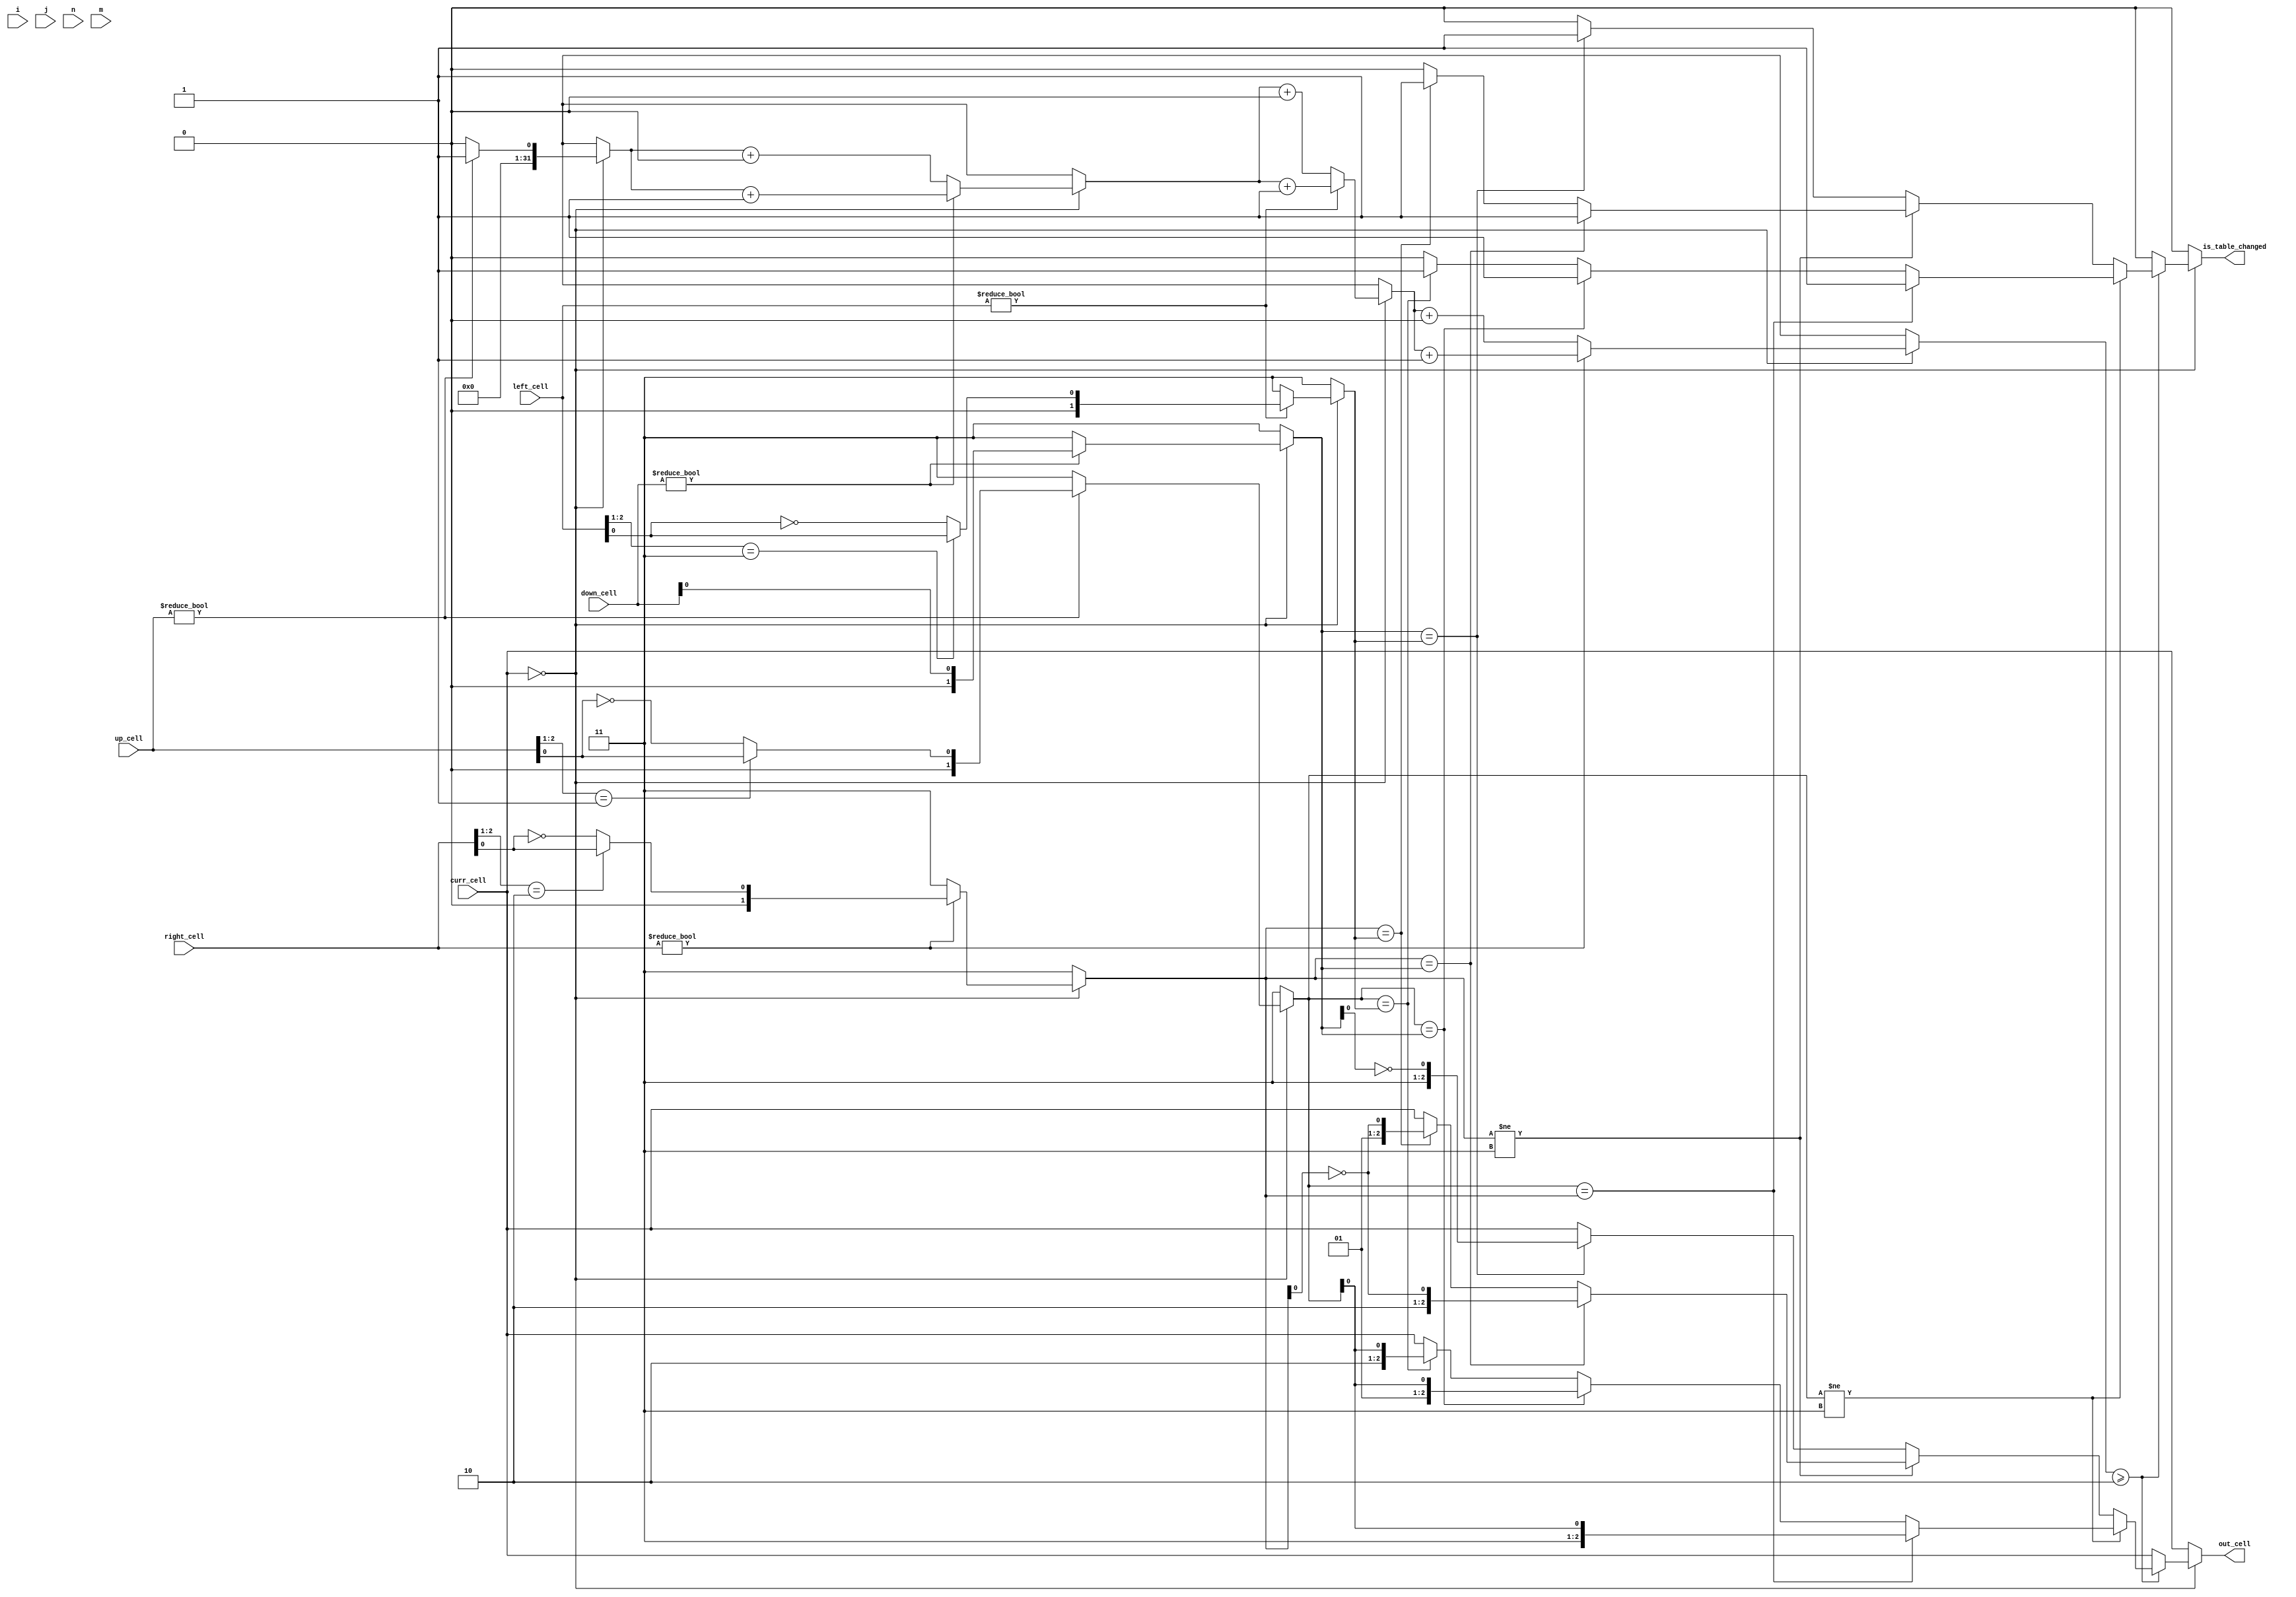
`define MAX_ROW 10'd20
`define MAX_COL 10'd20
`define MAX_VALID_MOVES 203
`define empty 3'b000
`define nocolor 2'b11
`define plus 2'b01
`define slash 2'b10
`define bslash 2'b11
`define black 1
`define white 0


module AutoComplete(output reg is_table_changed, output reg[2:0] out_cell, input[2:0] up_cell, right_cell, down_cell, left_cell, curr_cell, input[9:0] i, j, n, m);

	reg [1:0] upcolor, rightcolor, downcolor, leftcolor;
	integer cnt;


	always @(up_cell, right_cell, down_cell, left_cell, i, j) begin
		out_cell = curr_cell;
		cnt = 3'b0;
		upcolor <= `nocolor;
		downcolor <= `nocolor;
		rightcolor <= `nocolor;
		leftcolor <= `nocolor;
		is_table_changed <= 1'b0;
		if(out_cell == `empty) begin
			cnt = 3'b0;
			upcolor <= `nocolor;
			downcolor <= `nocolor;
			rightcolor <= `nocolor;
			leftcolor <= `nocolor;
			is_table_changed <= 1'b0;

			if(up_cell != `empty) begin
				cnt = cnt + 1'b1;
				if (up_cell[2:1] == `plus)
					upcolor <= {1'b0, up_cell[0]};
				else
					upcolor <= {1'b0, ~up_cell[0]};
			end
			else begin
				cnt = cnt + 1'b0;
				upcolor <= `nocolor;
			end
				
		
			if(down_cell != `empty) begin
				cnt = cnt + 1'b1;
				downcolor <= {1'b0, down_cell[0]};
			end
			else begin
				cnt = cnt + 1'b0;
				downcolor <= `nocolor;
			end
	
			if(left_cell != `empty) begin
				cnt = cnt + 1'b1;
				if(left_cell[2:1] == `bslash)
					leftcolor <= {1'b0, left_cell[0]};
				else
					leftcolor <= {1'b0, ~left_cell[0]};
			end
			else begin
				cnt = cnt + 1'b0;
				leftcolor <= `nocolor;
			end	
		
			if(right_cell != `empty) begin
				cnt = cnt + 1'b1;
				if(right_cell[2:1] == `slash)
					rightcolor <= {1'b0, right_cell[0]};
				else
					rightcolor <= {1'b0, ~right_cell[0]};
			end	
			else begin
				cnt = cnt + 1'b0;
				rightcolor <= `nocolor;
			end
			
			// now cnt is the number of non empty adjacent cells
			
			if(cnt >= 3'd2) begin
				if(upcolor != `nocolor) begin
					if(upcolor == rightcolor) begin
						out_cell <= {`bslash, upcolor[0]};
						is_table_changed <= 1'b1;
					end

					else if(upcolor == downcolor) begin
						out_cell <= {`plus, upcolor[0]};
						is_table_changed <= 1'b1;
					end

					else if(upcolor == leftcolor) begin
						out_cell <= {`slash, upcolor[0]};
						is_table_changed <= 1'b1;
					end
					else begin
						out_cell <= curr_cell;
						is_table_changed <= 1'b0;
					end
				end
				else if(rightcolor != `nocolor) begin
					if(rightcolor == downcolor) begin
						out_cell <= {`slash, ~rightcolor[0]};
						is_table_changed <= 1'b1;
					end
					
					else if(rightcolor == leftcolor) begin
						out_cell <= {`plus, ~rightcolor[0]};
						is_table_changed <= 1'b1;
					end	
					else begin
						out_cell <= curr_cell;
						is_table_changed <= 1'b0;
					end
				end
				else begin
					if(downcolor == leftcolor) begin
						out_cell <= {`bslash, ~downcolor[0]};
						is_table_changed <= 1'b1;
					end	
					else begin
						out_cell <= curr_cell;
						is_table_changed <= 1'b0;
					end
				end
			end
			else begin
				out_cell <= curr_cell;
				is_table_changed <= 1'b0;
			end
		end
		else begin
			cnt = 3'b0;
			upcolor <= `nocolor;
			downcolor <= `nocolor;
			rightcolor <= `nocolor;
			leftcolor <= `nocolor;
			is_table_changed <= 1'b0;
			// The Current Cell is not Empty So we have nothing to do
		end
	end
endmodule